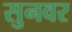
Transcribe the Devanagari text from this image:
सुनवर